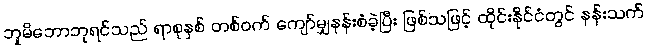
ဘူမိဘောဘုရင်သည် ရာစုနှစ် တစ်ဝက် ကျော်မျှနန်းစံခဲ့ပြီး ဖြစ်သဖြင့် ထိုင်းနိုင်ငံတွင် နန်းသက်